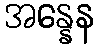
အန္နေန